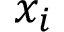
x _ { i }